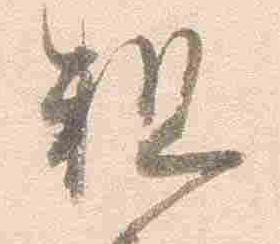
粗